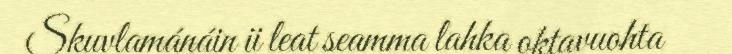
Skuvlamánáin ii leat seamma lahka oktavuohta